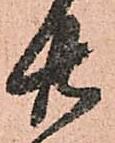
廿